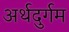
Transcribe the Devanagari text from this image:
अर्थदुर्गम